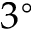
3 ^ { \circ }